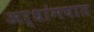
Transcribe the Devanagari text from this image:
अर्धांगघात